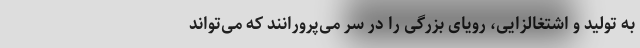
به تولید و اشتغالزایی، رویای بزرگی را در سر می‌پرورانند که می‌تواند